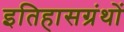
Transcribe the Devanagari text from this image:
इतिहासग्रंथों